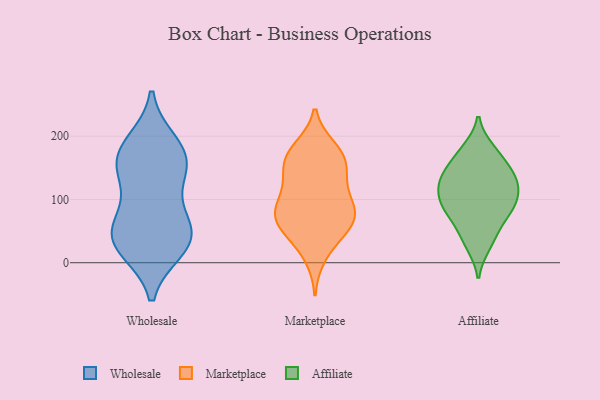
{"axis": {"x": "Conversion Rate (%)", "y": "Value"}, "legend": ["Affiliate", "Marketplace", "Wholesale"], "data": [{"x": "", "y": 80, "type": "Wholesale"}, {"x": "", "y": 62, "type": "Wholesale"}, {"x": "", "y": 33, "type": "Wholesale"}, {"x": "", "y": 172, "type": "Wholesale"}, {"x": "", "y": 189, "type": "Wholesale"}, {"x": "", "y": 22, "type": "Wholesale"}, {"x": "", "y": 152, "type": "Wholesale"}, {"x": "", "y": 140, "type": "Wholesale"}, {"x": "", "y": 49, "type": "Wholesale"}, {"x": "", "y": 179, "type": "Wholesale"}, {"x": "", "y": 144, "type": "Wholesale"}, {"x": "", "y": 39, "type": "Wholesale"}, {"x": "", "y": 27, "type": "Wholesale"}, {"x": "", "y": 156, "type": "Marketplace"}, {"x": "", "y": 70, "type": "Marketplace"}, {"x": "", "y": 163, "type": "Marketplace"}, {"x": "", "y": 178, "type": "Marketplace"}, {"x": "", "y": 126, "type": "Marketplace"}, {"x": "", "y": 97, "type": "Marketplace"}, {"x": "", "y": 74, "type": "Marketplace"}, {"x": "", "y": 55, "type": "Marketplace"}, {"x": "", "y": 165, "type": "Marketplace"}, {"x": "", "y": 54, "type": "Marketplace"}, {"x": "", "y": 80, "type": "Marketplace"}, {"x": "", "y": 78, "type": "Marketplace"}, {"x": "", "y": 10, "type": "Marketplace"}, {"x": "", "y": 117, "type": "Marketplace"}, {"x": "", "y": 38, "type": "Marketplace"}, {"x": "", "y": 143, "type": "Marketplace"}, {"x": "", "y": 84, "type": "Marketplace"}, {"x": "", "y": 181, "type": "Marketplace"}, {"x": "", "y": 85, "type": "Affiliate"}, {"x": "", "y": 110, "type": "Affiliate"}, {"x": "", "y": 49, "type": "Affiliate"}, {"x": "", "y": 88, "type": "Affiliate"}, {"x": "", "y": 113, "type": "Affiliate"}, {"x": "", "y": 134, "type": "Affiliate"}, {"x": "", "y": 140, "type": "Affiliate"}, {"x": "", "y": 179, "type": "Affiliate"}, {"x": "", "y": 28, "type": "Affiliate"}, {"x": "", "y": 167, "type": "Affiliate"}, {"x": "", "y": 81, "type": "Affiliate"}, {"x": "", "y": 134, "type": "Affiliate"}]}